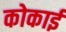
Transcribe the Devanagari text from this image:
कोकाई